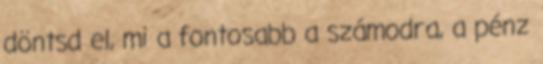
döntsd el, mi a fontosabb a számodra, a pénz